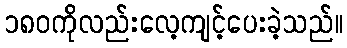
၁၈၀ကိုလည်းလေ့ကျင့်ပေးခဲ့သည်။